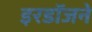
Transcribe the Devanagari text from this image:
इरडॉजने